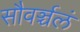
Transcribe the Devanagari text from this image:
सौवर्ञ्चलं